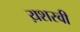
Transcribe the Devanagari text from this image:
य़शस्वी